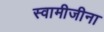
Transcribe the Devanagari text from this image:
स्वामीजीना